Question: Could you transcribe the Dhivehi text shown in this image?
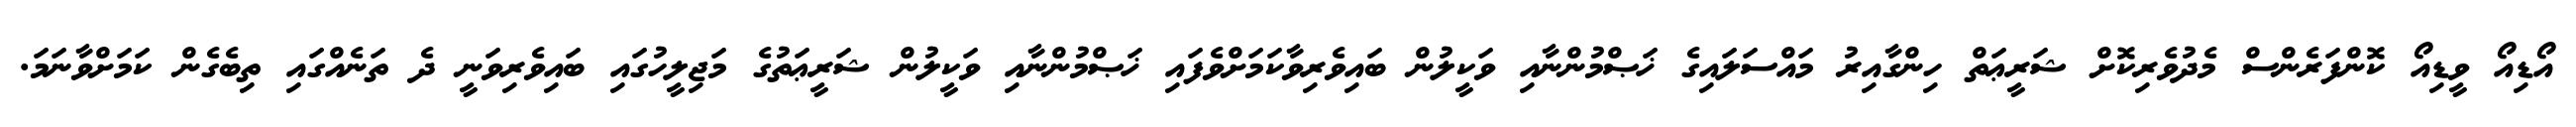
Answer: އޯޑިއޯ ވީޑިއޯ ކޮންފަރެންސް މެދުވެރިކޮށް ޝަރީޢަތް ހިންގާއިރު މައްސަލައިގެ ޚަޞްމުންނާއި ވަކީލުން ބައިވެރިވާކަމަށްވެފައި ޚަޞްމުންނާއި ވަކީލުން ޝަރީޢަތުގެ މަޖިލީހުގައި ބައިވެރިވަނީ ދެ ތަނެއްގައި ތިބެގެން ކަމަށްވާނަމަ.